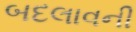
બદલાવની